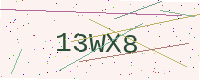
Text: 13WX8